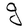
Character: g